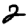
Digit: 2